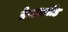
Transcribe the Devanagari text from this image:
डेन्डरमोंड